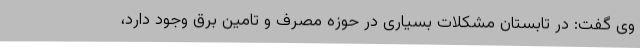
وی گفت: در تابستان مشکلات بسیاری در حوزه مصرف و تامین برق وجود دارد،